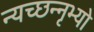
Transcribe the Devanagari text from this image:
न्यच्छन्नृभ्यो